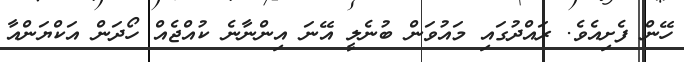
ހޭން ފެށިއެވެ. ރައްދުގައި މައުވަން ބުނެލީ އޭނަ އިންނާނެ ކުއްޖެއް ހޯދަން އަކްޔަންއާ